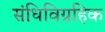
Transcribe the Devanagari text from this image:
संधिविग्रहिक